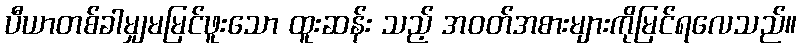
ပီယာတစ်ခါမျှမမြင်ဖူးသော ထူးဆန်း သည့် အဝတ်အစားများကိုမြင်ရလေသည်။